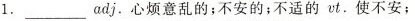
1.___ adj.心烦意乱的；不安的；不适的vt.使不安；